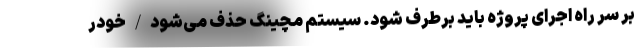
بر سر راه اجرای پروژه باید برطرف شود. سیستم مچینگ حذف می‌شود/خودر